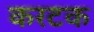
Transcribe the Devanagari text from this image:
करटक